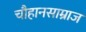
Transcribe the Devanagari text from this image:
चौहानसाम्राज